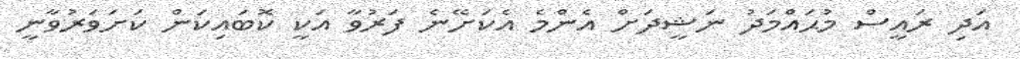
އަދި ރައީސް މުޙައްމަދު ނަޝީދަށް އެންމެ އެކަށޭނެ ފަރުވާ އަކީ ކޮބައިކަން ކަަށަވަރުވާނީ